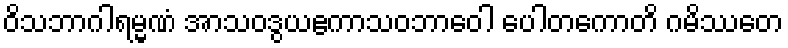
ဝိသဘာဂါရမ္မဏံ အာသဝဒွယဧကာသဝဘာဝေါ ပေါတကောတိ ဂမိဿတေ